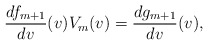
\begin{align*} \frac{df_{m+1}}{dv}(v)V_m(v)=\frac{dg_{m+1}}{dv}(v),\end{align*}